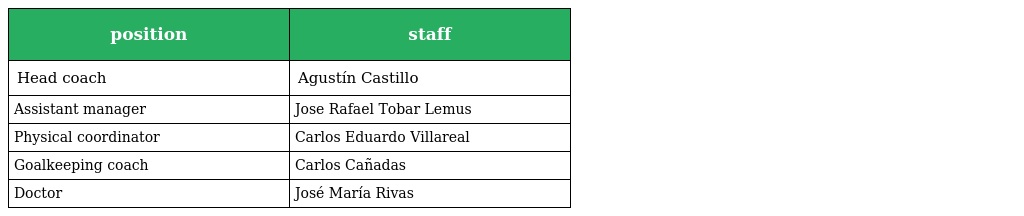
| position | staff |
 | --- | --- |
 | Head coach | Agustín Castillo |
 | Assistant manager | Jose Rafael Tobar Lemus |
 | Physical coordinator | Carlos Eduardo Villareal |
 | Goalkeeping coach | Carlos Cañadas |
 | Doctor | José María Rivas |